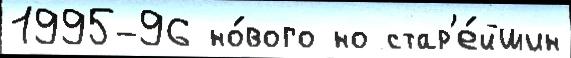
1995-96 но́вого но стар'е́йшин